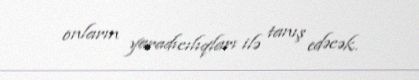
onların yaradıcılıqları ilə tanış edəcək.